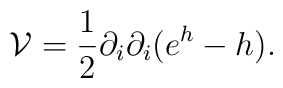
{\mathcal{V}}=\frac{1}{2}\partial_{i}\partial_{i}(e^{h}-h).